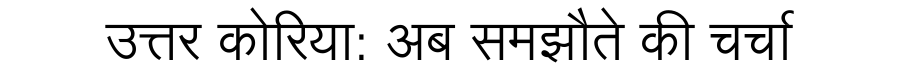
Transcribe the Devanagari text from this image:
उत्तर कोरिया: अब समझौते की चर्चा